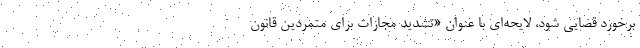
برخورد قضایی شود، لایحه‌ای با عنوان «تشدید مجازات برای متمردین قانون